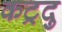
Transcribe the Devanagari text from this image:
कट्रदु